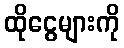
ထိုငွေများကို